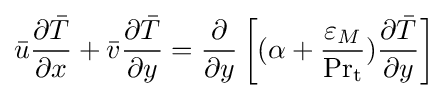
{\bar {u}}{\frac {\partial {\bar {T}}}{\partial x}}+{\bar {v}}{\frac {\partial {\bar {T}}}{\partial y}}={\frac {\partial }{\partial y}}\left[(\alpha +{\frac {\varepsilon _{M}}{\mathrm {Pr} _{\mathrm {t} }}}){\frac {\partial {\bar {T}}}{\partial y}}\right]